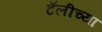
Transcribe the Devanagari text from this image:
टॅलीच्या